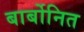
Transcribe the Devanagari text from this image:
बार्बोनित